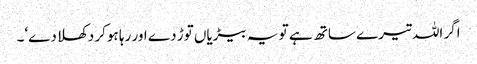
اگر اللہ تیرے ساتھ ہے تو یہ بیڑیاں توڑ دے اور رہا ہوکر دکھلا دے‘۔